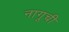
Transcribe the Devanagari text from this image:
नागूची